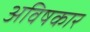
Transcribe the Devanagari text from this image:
अविषकार